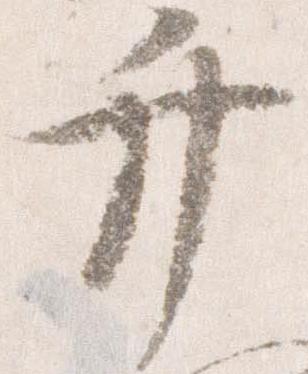
弁